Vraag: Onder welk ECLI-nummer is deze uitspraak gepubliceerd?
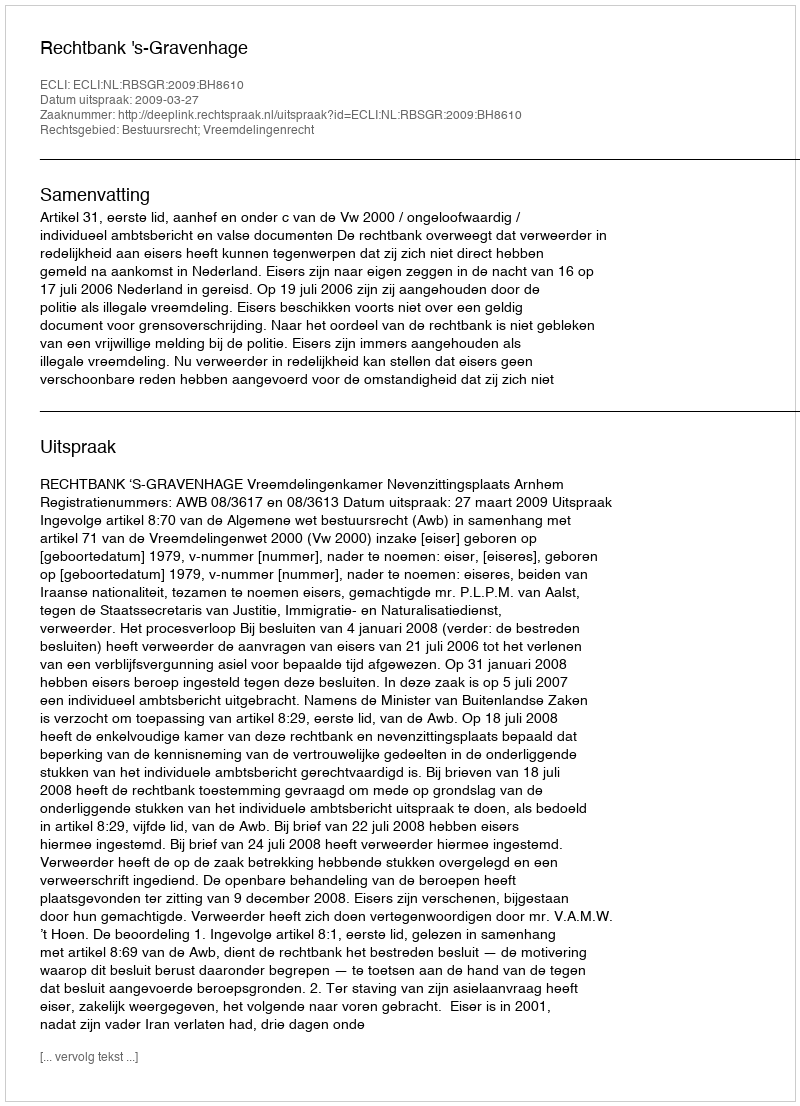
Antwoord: ECLI:NL:RBSGR:2009:BH8610